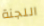
اللجنة